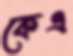
কেএ